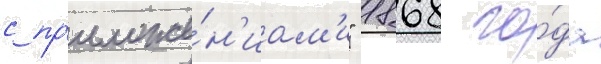
с пр'иложе́н'иам'и" 1868 го́да